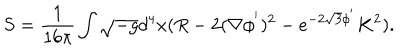
LaTeX: S = \frac { 1 } { 1 6 \pi } \int \sqrt { - g } d ^ { 4 } x ( R - 2 ( \nabla \phi ^ { ' } ) ^ { 2 } - e ^ { - 2 \sqrt { 3 } \phi ^ { ' } } K ^ { 2 } ) .